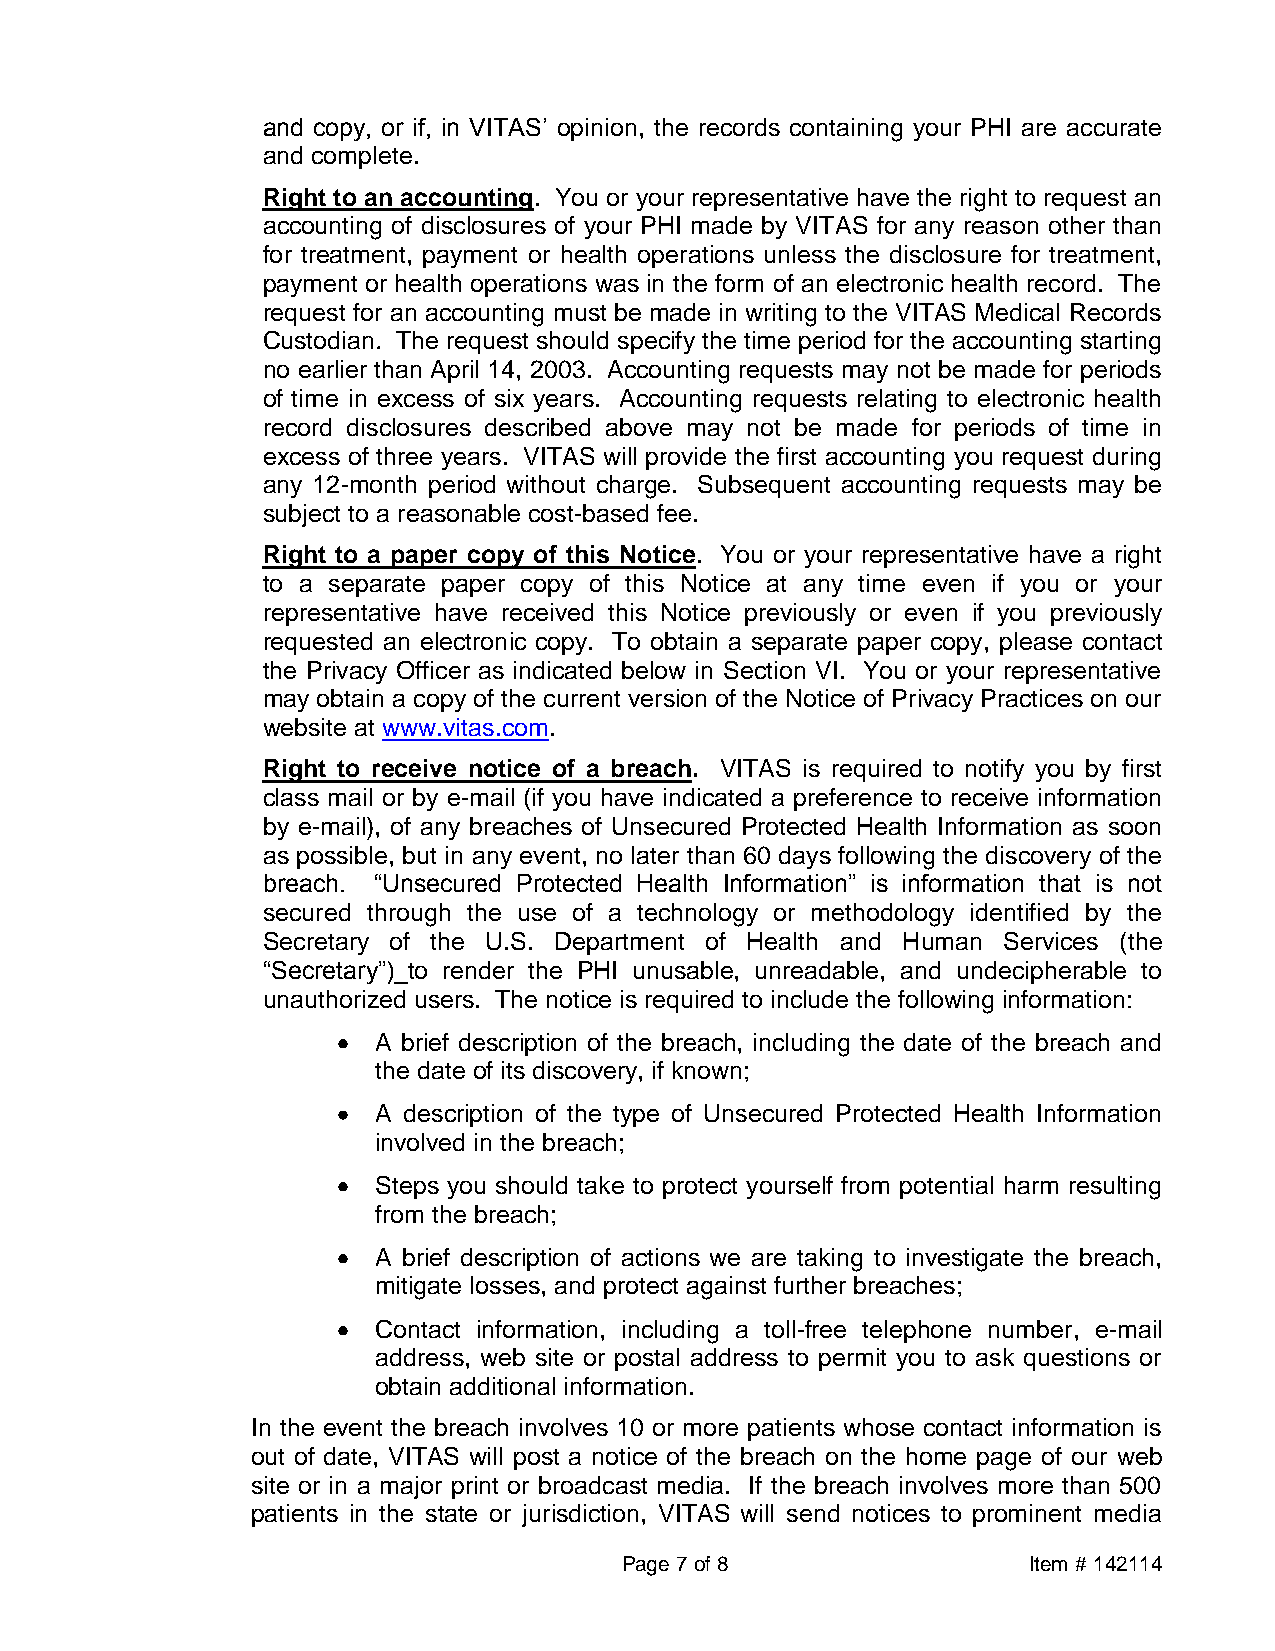
and copy, or if, in VITAS’ opinion, the records containing your PHI are accurate
 and complete.
 Right to an accounting. You or your representative have the right to request an
 accounting of disclosures of your PHI made by VITAS for any reason other than
 for treatment, payment or health operations unless the disclosure for treatment,
 payment or health operations was in the form of an electronic health record. The
 request for an accounting must be made in writing to the VITAS Medical Records
 Custodian. The request should specify the time period for the accounting starting
 no earlier than April 14, 2003. Accounting requests may not be made for periods
 of time in excess of six years. Accounting requests relating to electronic health
 record disclosures described above may not be made for periods of time in
 excess of three years. VITAS will provide the first accounting you request during
 any 12-month period without charge. Subsequent accounting requests may be
 subject to a reasonable cost-based fee.
 Right to a paper copy of this Notice. You or your representative have a right
 to a separate paper copy of this Notice at any time even if you or your
 representative have received this Notice previously or even if you previously
 requested an electronic copy. To obtain a separate paper copy, please contact
 the Privacy Officer as indicated below in Section VI. You or your representative
 may obtain a copy of the current version of the Notice of Privacy Practices on our
 website at www.vitas.com.
 Right to receive notice of a breach. VITAS is required to notify you by first
 class mail or by e-mail (if you have indicated a preference to receive information
 by e-mail), of any breaches of Unsecured Protected Health Information as soon
 as possible, but in any event, no later than 60 days following the discovery of the
 breach. “Unsecured Protected Health Information” is information that is not
 secured through the use of a technology or methodology identified by the
 Secretary of the U.S. Department of Health and Human Services (the
 “Secretary”)_to render the PHI unusable, unreadable, and undecipherable to
 unauthorized users. The notice is required to include the following information:
 A brief description of the breach, including the date of the breach and
 the date of its discovery, if known;
 A description of the type of Unsecured Protected Health Information
 involved in the breach;
 Steps you should take to protect yourself from potential harm resulting
 from the breach;
 A brief description of actions we are taking to investigate the breach,
 mitigate losses, and protect against further breaches;
 Contact information, including a toll-free telephone number, e-mail
 address, web site or postal address to permit you to ask questions or
 obtain additional information.
 In the event the breach involves 10 or more patients whose contact information is
 out of date, VITAS will post a notice of the breach on the home page of our web
 site or in a major print or broadcast media. If the breach involves more than 500
 patients in the state or jurisdiction, VITAS will send notices to prominent media
 Page 7 of 8                Item # 142114